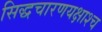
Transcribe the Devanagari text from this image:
सिद्धचारणयक्षाश्च